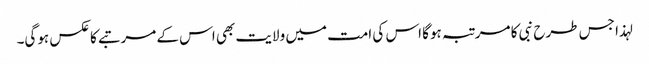
لہذا جس طرح نبی کا مرتبہ ہوگا اس کی امت میں ولایت بھی اس کے مرتبے کا عکس ہوگی۔